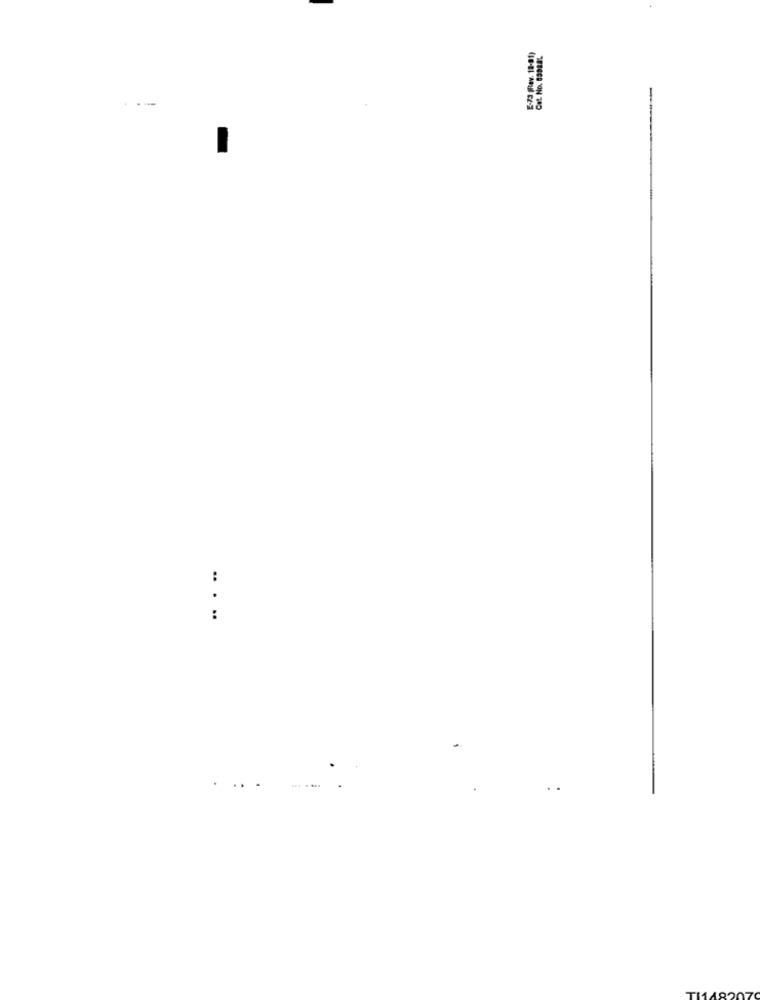
Cat. No. 838882.
... ..
...
....